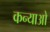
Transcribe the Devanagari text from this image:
कन्याओ